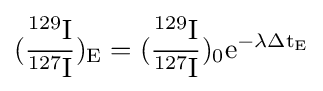
{\rm {({\frac {^{129}I}{^{127}I}})_{E}=({\frac {^{129}I}{^{127}I}})_{0}e^{-\lambda \Delta t_{E}}}}